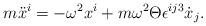
LaTeX: \begin{align*}m\ddot x^{i}=-\omega^{2}x^{i}+ m\omega^{2}\Theta\epsilon^{ij3}\dot x_{j}.\end{align*}